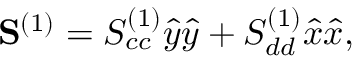
\mathbf { S } ^ { ( 1 ) } = S _ { c c } ^ { ( 1 ) } \hat { y } \hat { y } + S _ { d d } ^ { ( 1 ) } \hat { x } \hat { x } ,